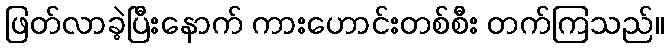
ဖြတ်လာခဲ့ပြီးနောက် ကားဟောင်းတစ်စီး တက်ကြသည်။